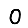
Digit: 0